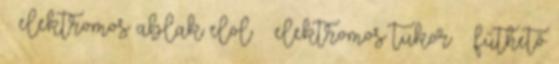
– elektromos ablak elöl – elektromos tükör – fűthető